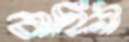
বাহিনী